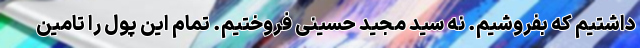
داشتیم که بفروشیم. نه سید مجید حسینی فروختیم. تمام این پول را تامین